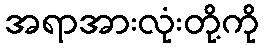
အရာအားလုံးတို့ကို